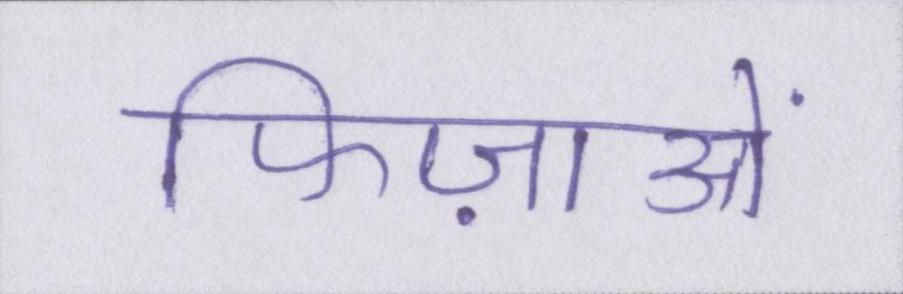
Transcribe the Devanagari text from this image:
फिज़ाओं